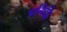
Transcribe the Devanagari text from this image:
प्रसिद्घि